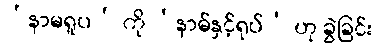
‘နာမရူပ’ ကို ‘နာမ်နှင့်ရုပ်’ ဟု ခွဲခြင်း